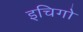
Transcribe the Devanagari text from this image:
इचिगो